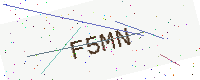
Text: F5MN